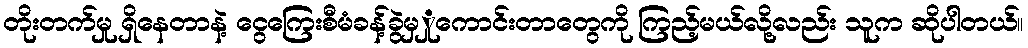
တိုးတက်မှု ရှိနေတာနဲ့ ငွေကြေးစီမံခန့်ခွဲမှှုကောင်းတာတွေကို ကြည့်မယ်လို့လည်း သူက ဆိုပါတယ်။